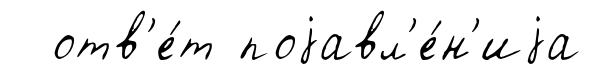
отв'е́т поjавл'е́н'иjа